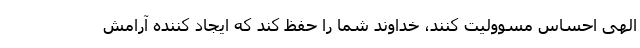
الهی احساس مسوولیت کنند، خداوند شما را حفظ کند که ایجاد کننده آرامش